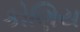
કોણિય